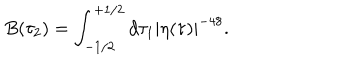
B ( \tau _ { 2 } ) = \int _ { - 1 / 2 } ^ { + 1 / 2 } d \tau _ { 1 } \left| \eta ( \tau ) \right| ^ { - 4 8 } .